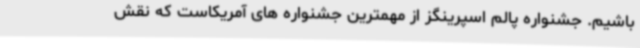
باشیم. جشنواره پالم اسپرینگز از مهمترین جشنواره های آمریکاست که نقش